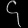
Digit: ၄